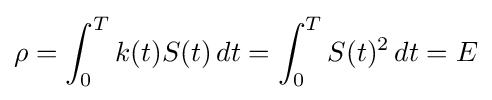
\rho =\int _{0}^{T}k(t)S(t)\,dt=\int _{0}^{T}S(t)^{2}\,dt=E